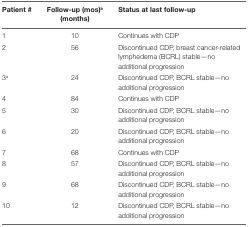
<table><thead><tr><td><b>Patient #</b></td><td><b>Follow-up (mos)<sup>b</sup> (months)</b></td><td><b>Status at last follow-up</b></td></tr></thead><tbody><tr><td>1</td><td>10</td><td>Continues with CDP</td></tr><tr><td>2</td><td>56</td><td>Discontinued CDP, breast cancer-related lymphedema (BCRL) stable—no additional progression</td></tr><tr><td>3<sup>a</sup></td><td>24</td><td>Discontinued CDP, BCRL stable—no additional progression</td></tr><tr><td>4</td><td>84</td><td>Continues with CDP</td></tr><tr><td>5</td><td>30</td><td>Discontinued CDP, BCRL stable—no additional progression</td></tr><tr><td>6</td><td>20</td><td>Discontinued CDP, BCRL stable—no additional progression</td></tr><tr><td>7</td><td>68</td><td>Continues with CDP</td></tr><tr><td>8</td><td>57</td><td>Discontinued CDP, BCRL stable—no additional progression</td></tr><tr><td>9</td><td>68</td><td>Discontinued CDP, BCRL stable—no additional progression</td></tr><tr><td>10</td><td>12</td><td>Discontinued CDP, BCRL stable—no additional progression</td></tr></tbody></table>